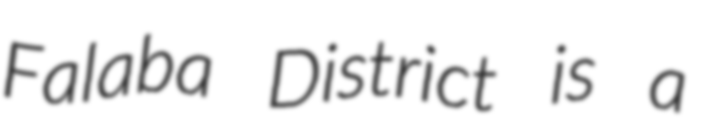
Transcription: Falaba District is a